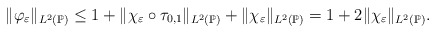
\begin{align*}\Vert \varphi _{\varepsilon }\Vert _{L^{2}(\mathbb{P})} \leq1+\Vert \chi _{\varepsilon }\circ \tau _{0,1}\Vert _{L^{2}(\mathbb{P})}+\Vert \chi _{\varepsilon }\Vert _{L^{2}(\mathbb{P})}= 1+2\Vert \chi _{\varepsilon }\Vert _{L^{2}(\mathbb{P})}.\end{align*}